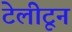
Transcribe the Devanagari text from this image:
टेलीटून